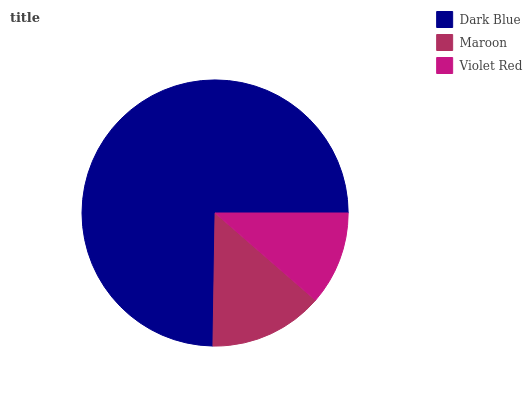
| Dark Blue | Maroon | Violet Red |
 | --- | --- | --- |
 | 74.8% | 13.9% | 11.4% |